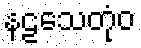
နဠသေတုံဝ